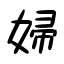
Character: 婦